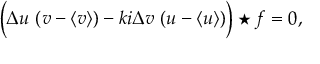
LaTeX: \Bigl ( \Delta u ~ ( v - \langle v \rangle ) - k i \Delta v ~ ( u - \langle u \rangle ) \Bigr ) \star f = 0 ,